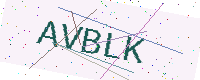
Text: AVBLK